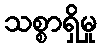
သစ္စာရှိမှု